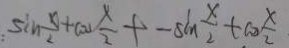
\sin \frac { x } { 2 } + \cos \frac { x } { 2 } + - \sin \frac { x } { 2 } + \cos \frac { x } { 2 }